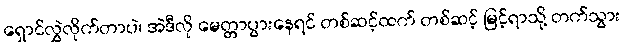
ရှောင်လွှဲလိုက်တာပဲ၊ အဲဒီလို မေတ္တာပွားနေရင် တစ်ဆင့်ထက် တစ်ဆင့် မြင့်ရာသို့ တက်သွား